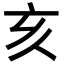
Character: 亥